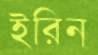
ইরিন